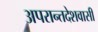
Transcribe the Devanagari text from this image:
अपरान्तदेशवासी